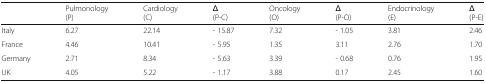
|  | Pulmonology(P) | Cardiology(C) | Δ(P-C) | Oncology(O) | Δ(P-O) | Endocrinology(E) | Δ(P-E) |
 | --- | --- | --- | --- | --- | --- | --- | --- |
 | Italy | 6.27 | 22.14 | - 15.87 | 7.32 | - 1.05 | 3.81 | 2.46 |
 | France | 4.46 | 10.41 | - 5.95 | 1.35 | 3.11 | 2.76 | 1.70 |
 | Germany | 2.71 | 8.34 | - 5.63 | 3.39 | - 0.68 | 0.76 | 1.95 |
 | UK | 4.05 | 5.22 | - 1.17 | 3.88 | 0.17 | 2.45 | 1.60 |